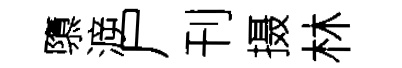
隳㴑尸刊摄林